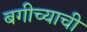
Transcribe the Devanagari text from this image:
बगीच्याची